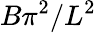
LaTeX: B\pi^{2}/L^{2}